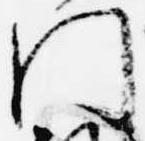
門